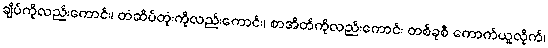
ချိပ်ကိုလည်းကောင်း၊ တံဆိပ်တုံးကိုလည်းကောင်း၊ စာအိတ်ကိုလည်းကောင်း တစ်ခုစီ ကောက်ယူလိုက်၊